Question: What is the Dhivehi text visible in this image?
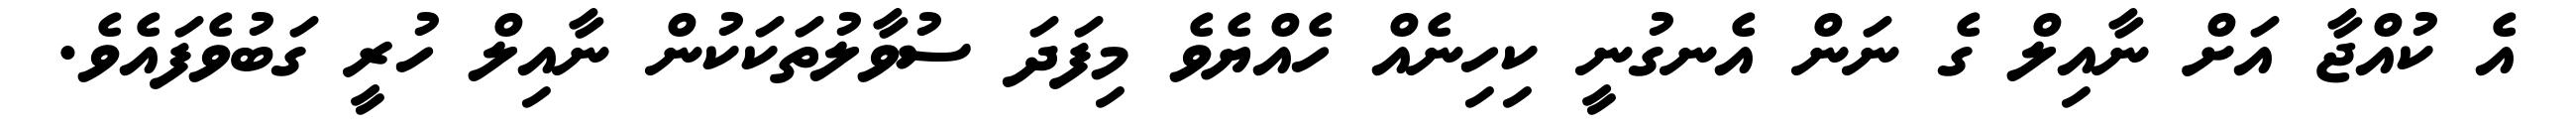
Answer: އެ ކުއްޖާ އަށް ނާއިލް ގެ ނަން އެނގުނީ ކިހިނެއް ހެއްޔެވެ މިފަދަ ސުވާލުތަކަކުން ނާއިލް ހުރީ ގަބުވެފައެވެ.